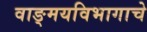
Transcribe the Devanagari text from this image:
वाङ्‌मयविभागाचे